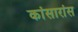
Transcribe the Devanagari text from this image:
कांसारांस